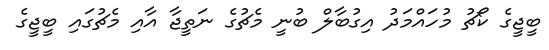
ބީޖީގެ ކޯޗު މުހައްމަދު އިގުބާލް ބުނީ މެޗުގެ ނަތީޖާ އާއި މެޗުގައި ބީޖީގެ